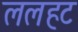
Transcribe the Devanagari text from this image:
ललहट